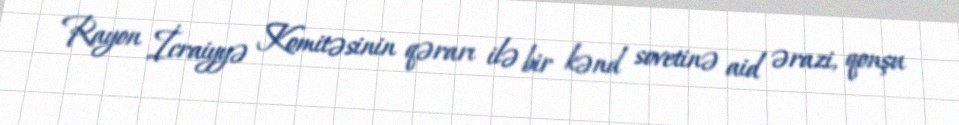
Rayon İcraiyyə Komitəsinin qərarı ilə bir kənd sovetinə aid ərazi, qonşu